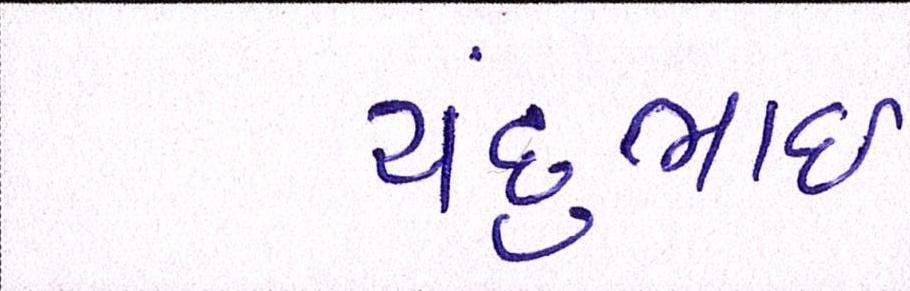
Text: ચંદુભાઈ